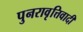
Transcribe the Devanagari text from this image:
पुनरावृत्तिवादी